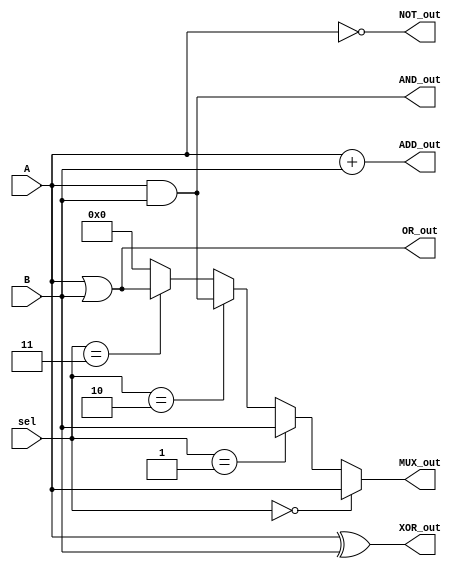
module combinational_logic_block (
    input wire [3:0] A,          // 4-bit input A
    input wire [3:0] B,          // 4-bit input B
    input wire [1:0] sel,        // 2-bit selector for multiplexer
    output wire [3:0] AND_out,   // Output for AND operation
    output wire [3:0] OR_out,    // Output for OR operation
    output wire [3:0] NOT_out,   // Output for NOT operation
    output wire [3:0] XOR_out,   // Output for XOR operation
    output wire [3:0] MUX_out,    // Output for multiplexer
    output wire [4:0] ADD_out     // Output for 4-bit adder (5 bits for carry)
);

    // AND operation
    assign AND_out = A & B;

    // OR operation
    assign OR_out = A | B;

    // NOT operation (inverting A)
    assign NOT_out = ~A;

    // XOR operation
    assign XOR_out = A ^ B;

    // Multiplexer
    assign MUX_out = (sel == 2'b00) ? A :
                     (sel == 2'b01) ? B :
                     (sel == 2'b10) ? AND_out :
                     (sel == 2'b11) ? OR_out : 4'b0000;

    // 4-bit Adder
    assign ADD_out = A + B;

endmodule